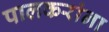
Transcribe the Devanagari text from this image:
पालकरांना